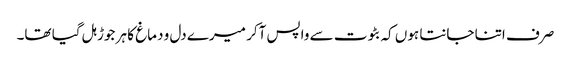
صرف اتنا جانتا ہوں کہ بٹوت سے واپس آکر میرے دل و دماغ کا ہر جوڑ ہل گیا تھا۔